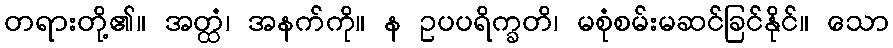
တရားတို့၏။ အတ္ထံ၊ အနက်ကို။ န ဥပပရိက္ခတိ၊ မစုံစမ်းမဆင်ခြင်နိုင်။ သော